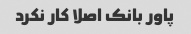
پاور بانک اصلا کار نکرد